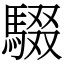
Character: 䮕